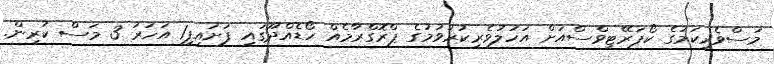
މަސްވެރިކަމުގެ ކޯޕަރޭޓިވްސްއަށް އަހުލުވެރިކުރުވުމުގެ ޕްރޮގްރާމެއް ހޯޑެއްދޫގައި ފަށައިފި1 އަހަރު 3 މަސް ކުރިން.